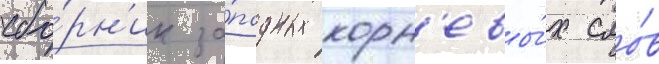
сбо́рн'ик за́падных корн'евы́х сло́в